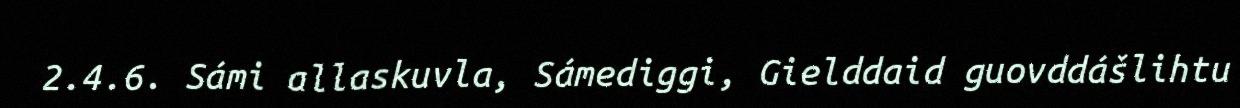
2.4.6. Sámi allaskuvla, Sámediggi, Gielddaid guovddášlihtu